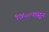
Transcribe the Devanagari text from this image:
१७५०पासून